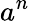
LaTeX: a^{n}